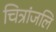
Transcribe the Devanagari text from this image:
चित्रांजलि